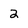
Character: 2